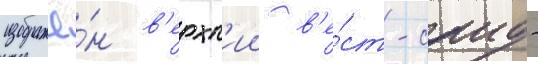
изображё́н в'ерхн'ии в'е́ст-саид -